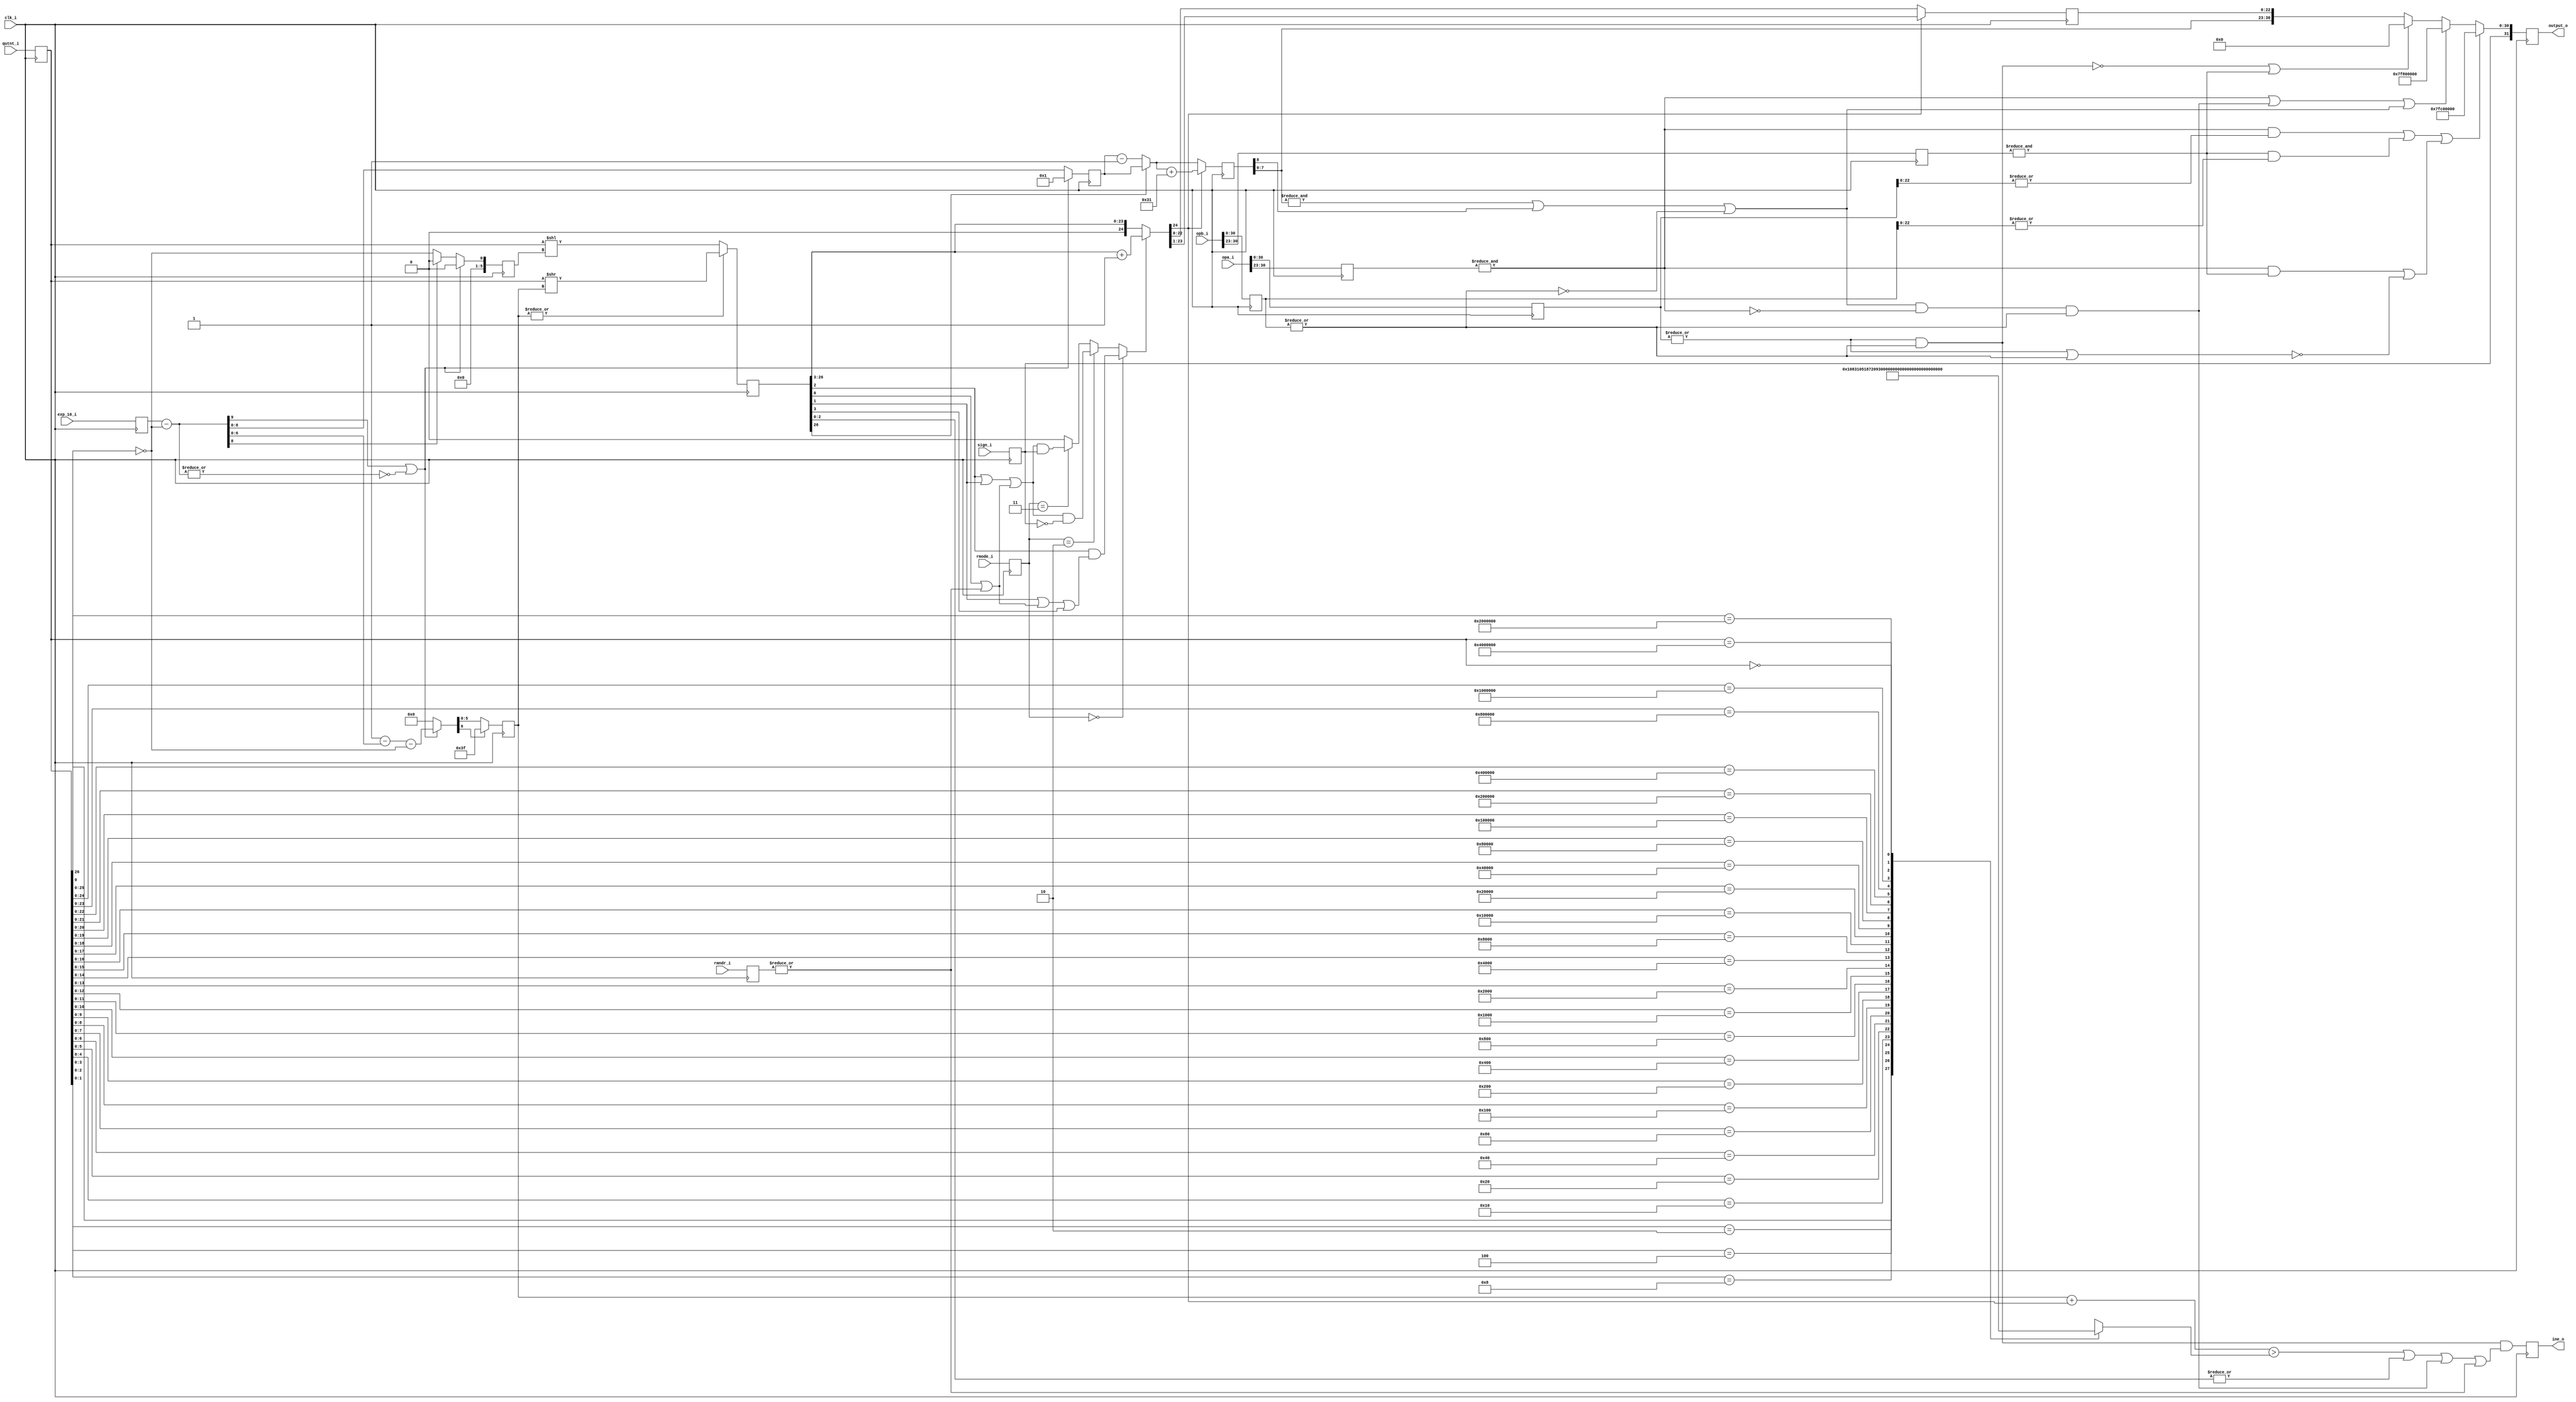
// This program was cloned from: https://github.com/HKUSTGZ-MICS-LYU/FlattenRTL
// License: MIT License

//////////////////////////////////////////////////////////////////////
////                                                              ////
////  or1200_fpu_post_norm_div                                    ////
////                                                              ////
////  This file is part of the OpenRISC 1200 project              ////
////  http://opencores.org/project,or1k                           ////
////                                                              ////
////  Description                                                 ////
////  post-normalization entity for the division unit             ////
////                                                              ////
////  To Do:                                                      ////
////                                                              ////
////                                                              ////
////  Author(s):                                                  ////
////      - Original design (FPU100) -                            ////
////        Jidan Al-eryani, jidan@gmx.net                        ////
////      - Conv. to Verilog and inclusion in OR1200 -            ////
////        Julius Baxter, julius@opencores.org                   ////
////                                                              ////
//////////////////////////////////////////////////////////////////////
//
//  Copyright (C) 2006, 2010
//
//	This source file may be used and distributed without        
//	restriction provided that this copyright statement is not   
//	removed from the file and that any derivative work contains 
//	the original copyright notice and the associated disclaimer.
//                                                           
//		THIS SOFTWARE IS PROVIDED ``AS IS'' AND WITHOUT ANY     
//	EXPRESS OR IMPLIED WARRANTIES, INCLUDING, BUT NOT LIMITED   
//	TO, THE IMPLIED WARRANTIES OF MERCHANTABILITY AND FITNESS   
//	FOR A PARTICULAR PURPOSE. IN NO EVENT SHALL THE AUTHOR      
//	OR CONTRIBUTORS BE LIABLE FOR ANY DIRECT, INDIRECT,         
//	INCIDENTAL, SPECIAL, EXEMPLARY, OR CONSEQUENTIAL DAMAGES    
//	(INCLUDING, BUT NOT LIMITED TO, PROCUREMENT OF SUBSTITUTE   
//	GOODS OR SERVICES; LOSS OF USE, DATA, OR PROFITS; OR        
//	BUSINESS INTERRUPTION) HOWEVER CAUSED AND ON ANY THEORY OF  
//	LIABILITY, WHETHER IN  CONTRACT, STRICT LIABILITY, OR TORT  
//	(INCLUDING NEGLIGENCE OR OTHERWISE) ARISING IN ANY WAY OUT  
//	OF THE USE OF THIS SOFTWARE, EVEN IF ADVISED OF THE         
//	POSSIBILITY OF SUCH DAMAGE. 
//


module or1200_fpu_post_norm_div
  (
   clk_i,
   opa_i,
   opb_i,
   qutnt_i,
   rmndr_i,
   exp_10_i,
   sign_i,
   rmode_i,
   output_o,
   ine_o
   );

   parameter FP_WIDTH = 32;
   parameter MUL_SERIAL = 0; // 0 for parallel multiplier, 1 for serial
   parameter MUL_COUNT = 11; //11 for parallel multiplier, 34 for serial
   parameter FRAC_WIDTH = 23;
   parameter EXP_WIDTH = 8;
   parameter ZERO_VECTOR = 31'd0;
   parameter INF = 31'b1111111100000000000000000000000;
   parameter QNAN = 31'b1111111110000000000000000000000;
   parameter SNAN = 31'b1111111100000000000000000000001;
   
   input clk_i;
   input [FP_WIDTH-1:0] opa_i;
   input [FP_WIDTH-1:0] opb_i;
   input [FRAC_WIDTH+3:0] qutnt_i;
   input [FRAC_WIDTH+3:0] rmndr_i;
   input [EXP_WIDTH+1:0]  exp_10_i;
   input 		  sign_i;
   input [1:0] 		  rmode_i;
   output reg [FP_WIDTH-1:0] output_o;
   output reg 		     ine_o;
   
   // input&output register wires
   reg [FP_WIDTH-1:0] 	     s_opa_i;
   reg [FP_WIDTH-1:0] 	     s_opb_i;
   reg [EXP_WIDTH-1:0] 	     s_expa;
   reg [EXP_WIDTH-1:0] 	     s_expb;
   reg [FRAC_WIDTH+3:0]      s_qutnt_i;
   reg [FRAC_WIDTH+3:0]      s_rmndr_i;
   reg [5:0] 		     s_r_zeros;
   reg [EXP_WIDTH+1:0] 	     s_exp_10_i;
   reg 			     s_sign_i;
   reg [1:0] 		     s_rmode_i;
   wire [FP_WIDTH-1:0] 	     s_output_o;
   
   wire 		     s_ine_o, s_overflow;
   wire 		     s_opa_dn, s_opb_dn;
   wire 		     s_qutdn;
   wire [9:0] 		     s_exp_10b;
   reg [5:0] 		     s_shr1;
   reg [5:0] 		     s_shl1;
   wire 		     s_shr2;
   reg [8:0] 		     s_expo1;
   wire [8:0] 		     s_expo2;
   reg [8:0] 		     s_expo3;
   reg [26:0] 		     s_fraco1;
   wire [24:0] 		     s_frac_rnd;
   reg [24:0] 		     s_fraco2;
   wire 		     s_guard, s_round, s_sticky, s_roundup;
   wire 		     s_lost;
   wire 		     s_op_0, s_opab_0, s_opb_0;
   wire 		     s_infa, s_infb;
   wire 		     s_nan_in, s_nan_op, s_nan_a, s_nan_b;
   wire 		     s_inf_result;
   
   always @(posedge clk_i)
     begin
	s_opa_i <= opa_i;
	s_opb_i <= opb_i;	
	s_expa <= opa_i[30:23];
	s_expb <= opb_i[30:23];
	s_qutnt_i <= qutnt_i;
	s_rmndr_i <= rmndr_i;
	s_exp_10_i <= exp_10_i;			
	s_sign_i <= sign_i;
	s_rmode_i <= rmode_i;
     end

   // Output Register
   always @(posedge clk_i)
     begin
	output_o <= s_output_o;
	ine_o	<= s_ine_o;
     end

    // qutnt_i
    // 26 25                    3
    // |  |                     | 
    // h  fffffffffffffffffffffff grs

   //*** Stage 1 ****
   // figure out the exponent and how far the fraction has to be shifted 
   // right or left
	
   assign s_opa_dn = !(|s_expa) & (|opa_i[22:0]);
   assign s_opb_dn = !(|s_expb) & (|opb_i[22:0]);
   
   assign s_qutdn =  !s_qutnt_i[26];

   assign s_exp_10b = s_exp_10_i - {9'd0,s_qutdn};
   
   wire [9:0] v_shr;
   wire [9:0] v_shl;
   
   assign v_shr = (s_exp_10b[9] | !(|s_exp_10b)) ?
		   (10'd1 - s_exp_10b) - {9'd0,s_qutdn} : 0;
         
   assign v_shl = (s_exp_10b[9] | !(|s_exp_10b)) ?
		   0 :
		   s_exp_10b[8] ?   
		   0 : {9'd0,s_qutdn};

   always @(posedge clk_i)
     if (s_exp_10b[9] | !(|s_exp_10b))
       s_expo1 <= 9'd1;
     else
       s_expo1 <= s_exp_10b[8:0];

   always @(posedge clk_i)
     s_shr1 <= v_shr[6] ? 6'b111111 : v_shr[5:0];

   always @(posedge clk_i)
     s_shl1 <= v_shl[5:0];
   
   // *** Stage 2 ***
   // Shifting the fraction and rounding
   
   // shift the fraction
   always @(posedge clk_i)
     if (|s_shr1)
       s_fraco1 <= s_qutnt_i >> s_shr1;
     else
       s_fraco1 <= s_qutnt_i << s_shl1;
	
   assign s_expo2 = s_fraco1[26] ? s_expo1 : s_expo1 - 9'd1;
   
   //s_r_zeros <= count_r_zeros(s_qutnt_i);
   always @(s_qutnt_i)
     casez(s_qutnt_i) // synopsys full_case parallel_case
       27'b??????????????????????????1: s_r_zeros = 0;
       27'b?????????????????????????10: s_r_zeros = 1;
       27'b????????????????????????100: s_r_zeros = 2;
       27'b???????????????????????1000: s_r_zeros = 3;
       27'b??????????????????????10000: s_r_zeros = 4;
       27'b?????????????????????100000: s_r_zeros = 5;
       27'b????????????????????1000000: s_r_zeros = 6;
       27'b???????????????????10000000: s_r_zeros = 7;
       27'b??????????????????100000000: s_r_zeros = 8;
       27'b?????????????????1000000000: s_r_zeros = 9;
       27'b????????????????10000000000: s_r_zeros = 10;
       27'b???????????????100000000000: s_r_zeros = 11;
       27'b??????????????1000000000000: s_r_zeros = 12;
       27'b?????????????10000000000000: s_r_zeros = 13;
       27'b????????????100000000000000: s_r_zeros = 14;
       27'b???????????1000000000000000: s_r_zeros = 15;
       27'b??????????10000000000000000: s_r_zeros = 16;
       27'b?????????100000000000000000: s_r_zeros = 17;
       27'b????????1000000000000000000: s_r_zeros = 18;
       27'b???????10000000000000000000: s_r_zeros = 19;
       27'b??????100000000000000000000: s_r_zeros = 20;
       27'b?????1000000000000000000000: s_r_zeros = 21;
       27'b????10000000000000000000000: s_r_zeros = 22;
       27'b???100000000000000000000000: s_r_zeros = 23;
       27'b??1000000000000000000000000: s_r_zeros = 24;
       27'b?10000000000000000000000000: s_r_zeros = 25;
       27'b100000000000000000000000000: s_r_zeros = 26;
       27'b000000000000000000000000000: s_r_zeros = 27;
     endcase // casex (s_qutnt_i)
   
   assign s_lost = (s_shr1+{5'd0,s_shr2}) > s_r_zeros;
   
   // ***Stage 3***
   // Rounding
   
   assign s_guard = s_fraco1[2];
   assign s_round = s_fraco1[1];
   assign s_sticky = s_fraco1[0] | (|s_rmndr_i);

   assign s_roundup = s_rmode_i==2'b00 ? // round to nearest even
		      s_guard & ((s_round | s_sticky) | s_fraco1[3]) :
		      s_rmode_i==2'b10 ? // round up
		      (s_guard | s_round | s_sticky) & !s_sign_i :
		      s_rmode_i==2'b11 ? // round down
		      (s_guard | s_round | s_sticky) & s_sign_i : 
		      0; // round to zero(truncate = no rounding)

   assign s_frac_rnd = s_roundup ?{1'b0,s_fraco1[26:3]} + 1 : 
		       {1'b0,s_fraco1[26:3]};
   assign s_shr2 = s_frac_rnd[24];

   always @(posedge clk_i)
     begin
	s_expo3 <= s_shr2 ? s_expo2 + "1" : s_expo2;
	s_fraco2 <= s_shr2 ? {1'b0,s_frac_rnd[24:1]} : s_frac_rnd;
     end
   //
   // ***Stage 4****
   // Output
		
   assign s_op_0 = !((|s_opa_i[30:0]) & (|s_opb_i[30:0]));

   assign s_opab_0 = !((|s_opa_i[30:0]) | (|s_opb_i[30:0]));

   assign s_opb_0 = !(|s_opb_i[30:0]);
	
   assign s_infa = &s_expa;
   
   assign s_infb = &s_expb;
      
   assign s_nan_a = s_infa & (|s_opa_i[22:0]);
   
   assign s_nan_b = s_infb & (|s_opb_i[22:0]);
   
   assign s_nan_in = s_nan_a | s_nan_b;
   
   assign s_nan_op = (s_infa & s_infb) | s_opab_0; // 0 / 0, inf / inf

   assign s_inf_result = (&s_expo3[7:0]) | s_expo3[8] | s_opb_0;

   assign s_overflow =  s_inf_result & !(s_infa) & !s_opb_0;
   
   assign s_ine_o =  !s_op_0 & 
		     (s_lost | (|s_fraco1[2:0]) | s_overflow | (|s_rmndr_i));
   	
   assign s_output_o = (s_nan_in | s_nan_op) ?
		       {s_sign_i,QNAN} :
		       s_infa  | s_overflow | s_inf_result ?
		       {s_sign_i,INF} :
		       s_op_0 | s_infb ?
		       {s_sign_i,ZERO_VECTOR} :
		       {s_sign_i,s_expo3[7:0],s_fraco2[22:0]};

endmodule // or1200_fpu_post_norm_div